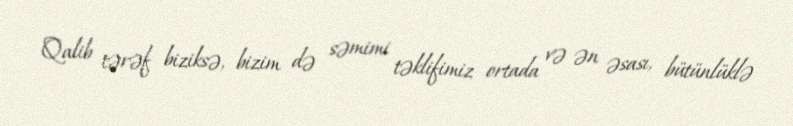
Qalib tərəf biziksə, bizim də səmimi təklifimiz ortada və ən əsası, bütünlüklə